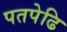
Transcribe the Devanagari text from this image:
पतपेढि